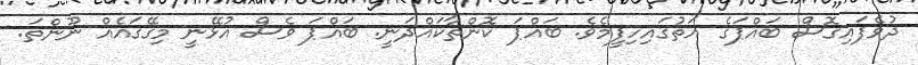
ދުވެފައިގޮސް ބައްޕަގެ އަތުގައިހިފީމެވެ. ބައްޕަ ކޮންތާކައްދަނީ. ބައްޕަ ވެސް އުޅޭނީ މިގޭގައެއް ނޫންތަ.